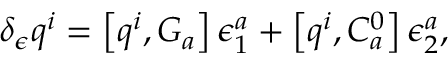
\delta _ { \epsilon } q ^ { i } = \left[ q ^ { i } , G _ { a } \right] \epsilon _ { 1 } ^ { a } + \left[ q ^ { i } , C _ { a } ^ { 0 } \right] \epsilon _ { 2 } ^ { a } ,